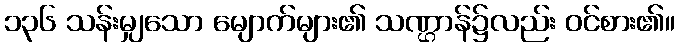
၁၃၆ သန်းမျှသော မျောက်များ၏ သဏ္ဌာန်၌လည်း ဝင်စား၏။